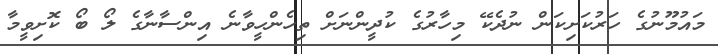
މައުމޫނުގެ ހަރުކަށިކަން ނުދެކޭ މިހާރުގެ ކުދީންނަށް ތިހެންހީވާނެ އިންސާނާގެ ލޯ ބޯ ކޮށިވީމާ